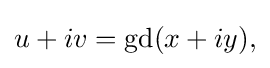
{\textstyle u+iv=\operatorname {gd} (x+iy),}